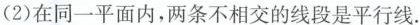
(2)在同一平面内，两条不相交的线段是平行线。